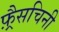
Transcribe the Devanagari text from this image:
फ़्रैसचिनी